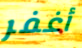
أغفر